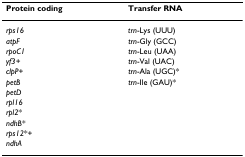
| Protein coding | Transfer RNA |
 | --- | --- |
 | rps16 | trn-Lys (UUU) |
 | atpF | trn-Gly (GCC) |
 | rpoC1 | trn-Leu (UAA) |
 | yf3+ | trn-Val (UAC) |
 | clpP+ | trn-Ala (UGC)* |
 | petB | trn-Ile (GAU)* |
 | petD |  |
 | rpl16 |  |
 | rpl2* |  |
 | ndhB* |  |
 | rps12*+ |  |
 | ndhA |  |